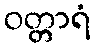
ဝတ္တာရံ